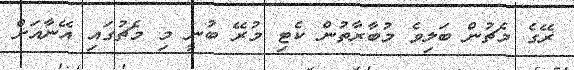
ރޭގެ މެޗުން ބަލިވެ މުބާރާތުން ކެޓި މުރޭ ބުނީ މި މެޗުގައި އޭނާއަށް